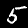
Label: 5